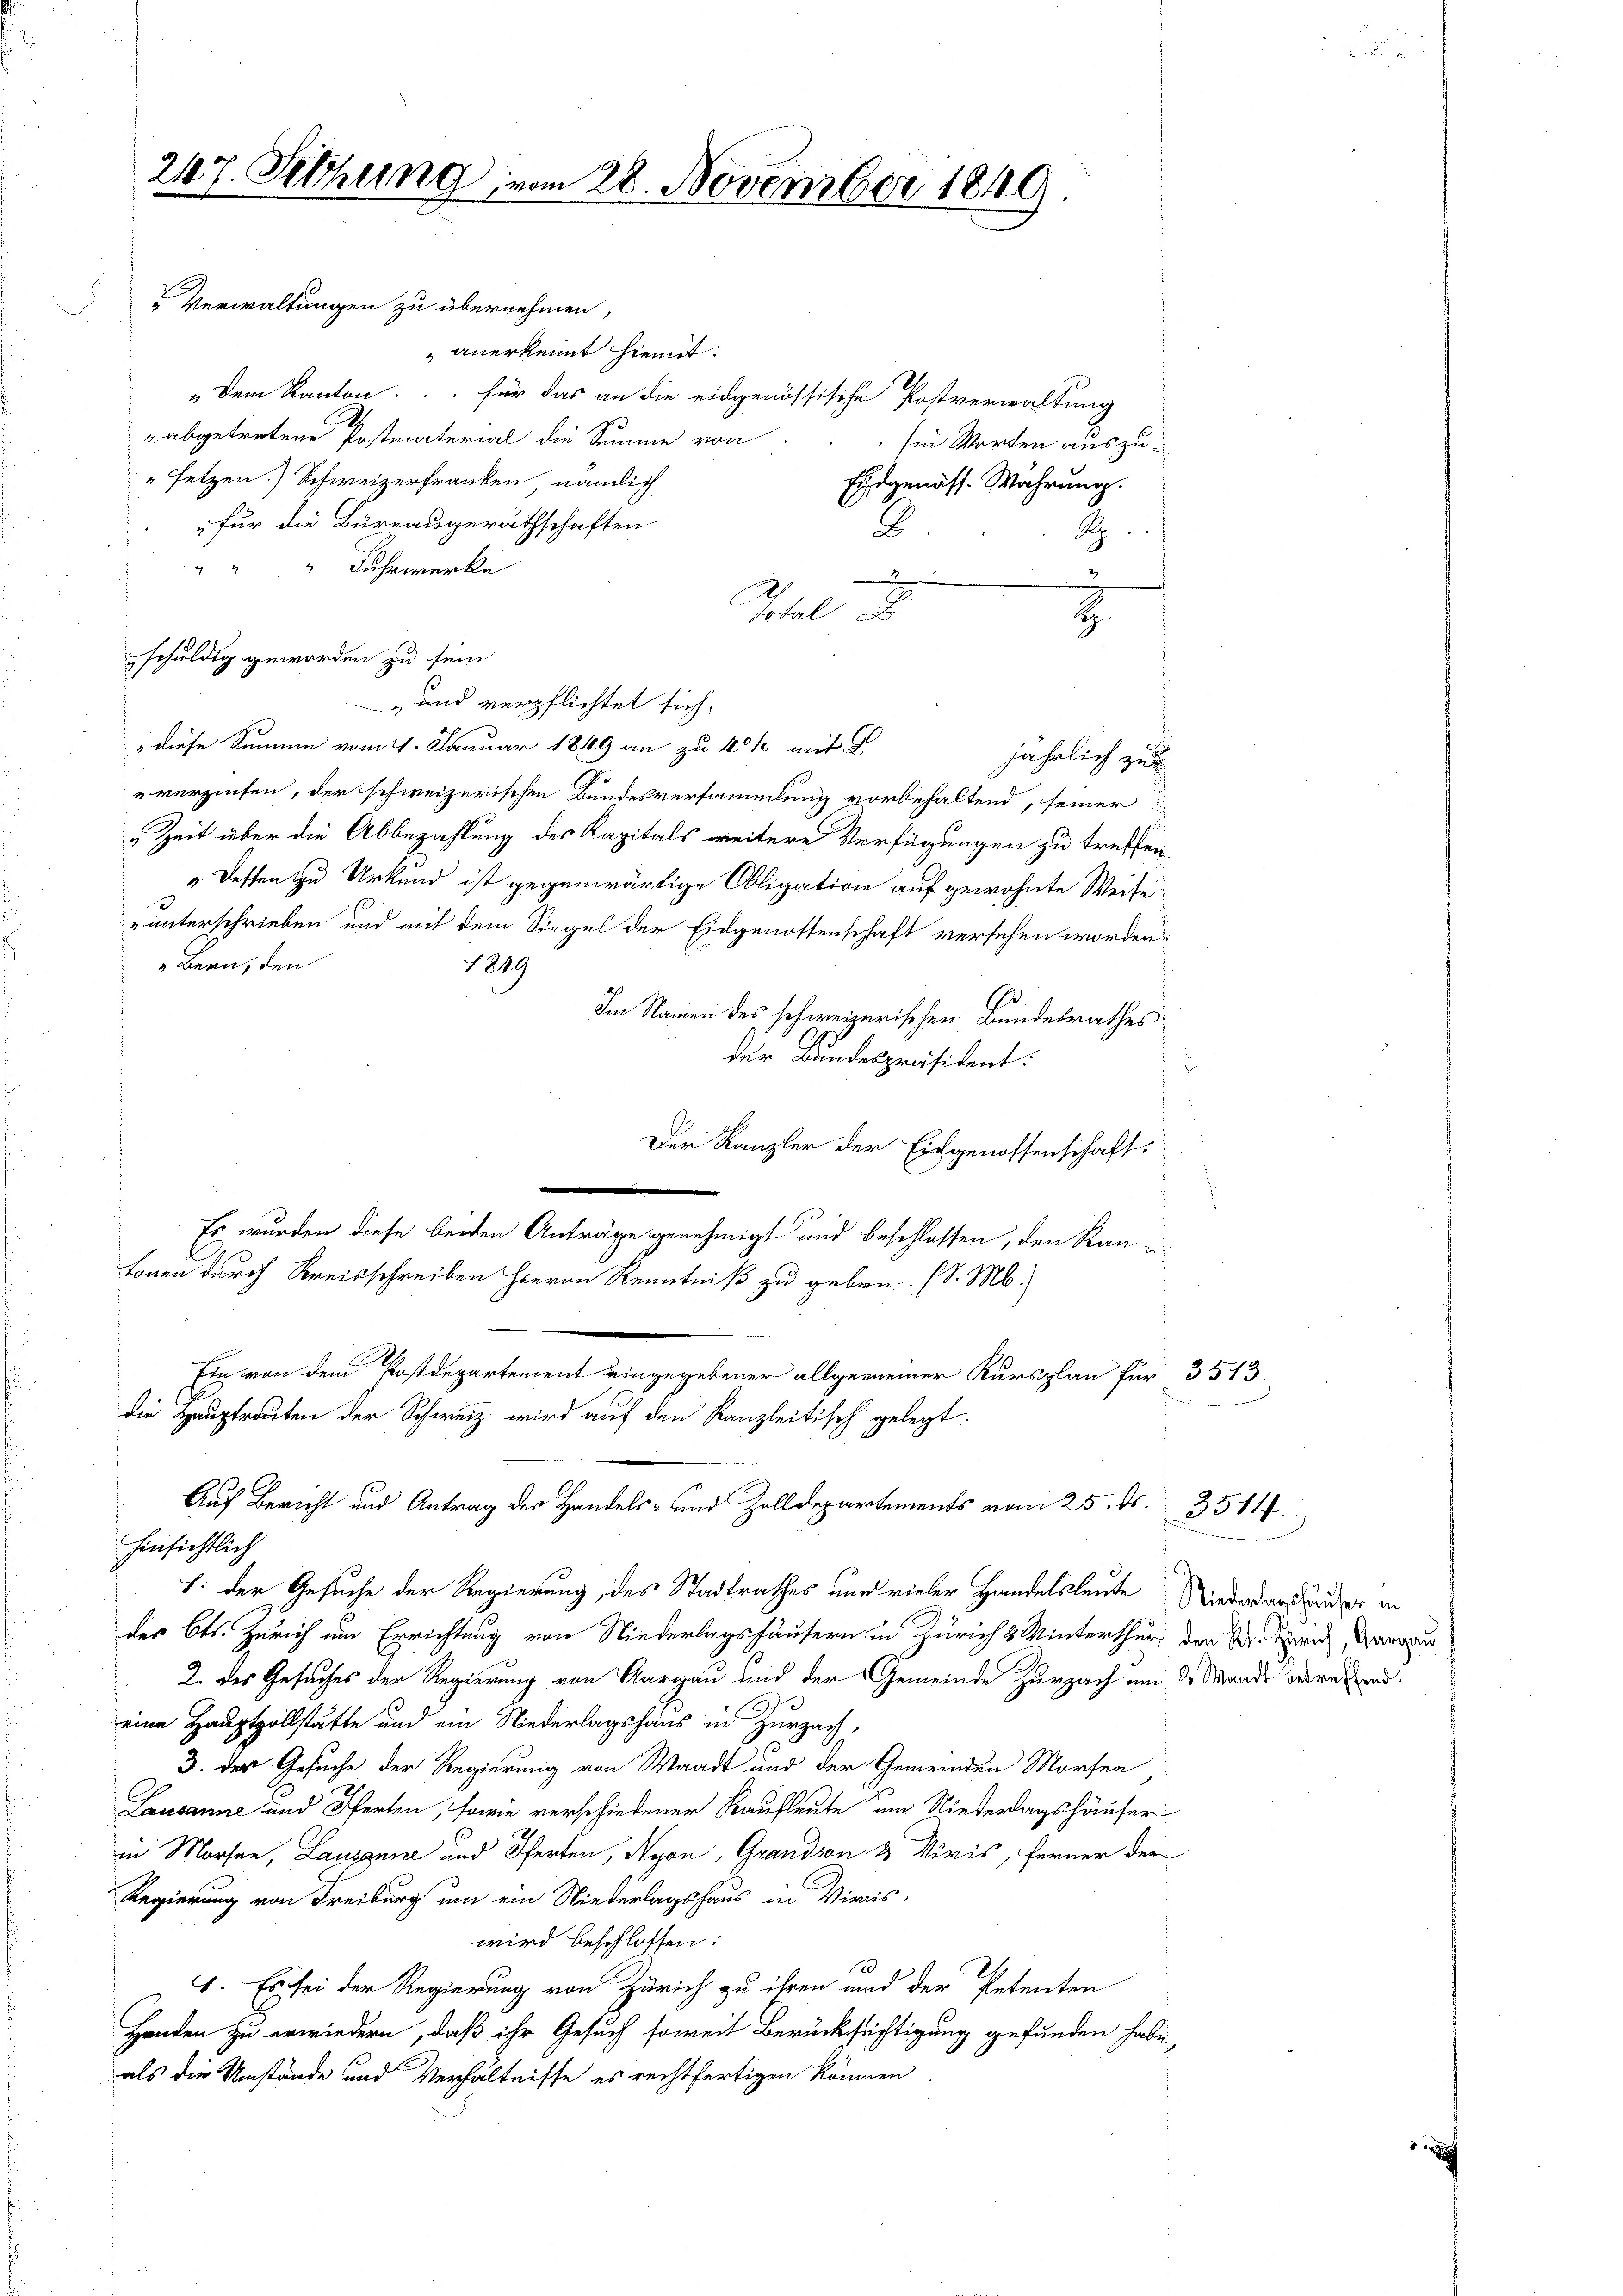
Verwaltungen zu übernehmen,
 anerkennt hiemit
„Dem Kanton. für das an die eidgenössische Postverwaltung
" abgetretene Postmaterial die Summe von
" setzen.) Schweizerfranken, nämlich
Eidgenöss. Währung.
für die Büreaugeräthschaften
8
R
" " " Fuhrwerke
.
2
Ichel d
2.
schuldig geworden zu sein
 und verpflichtet sich,
" diese Summe vom 21. Januar 1849 an zu 40% mit E
jährlich zu
u verzinsen, der schweizerischen Bundesversammlung vorbehaltend, seiner
„Zeit über die Abbezahlung des Kapitals weitere Verfügungen zu treffen,
v. Dessen zu Urkund ist gegenwärtige Obligation auf gewohnte Weise
" unterschrieben und mit dem Siegel der Eidgenossenschaft versehen worden.
Bern, den
1849
Im Namen des schweizerischen Bundesrathes
der Bundespräsident:
Der Kanzler der Eingenossenschaft
Es wurden diese beiden Anträge genehmigt und beschlossen, den Ran
tonen durch Kreisschreiben hievon Kenntniß zu geben. (S. M.
Ein von dem Postdepartement eingegebener allgemeiner Kursplan für 3
die Hauptrauten der Schweiz wird auf den Kanzleitisch gelegt.

247. Setzung vom 28. November 1849

Auf Bericht und Antrag der Handels- und Zolldepartements vom 25. ds. 3514.

Ein Worten auszu¬

hinsichtlich
h. der Gesuche der Regierung, des Stadtrathes und vieler Handelsleute Niederard der in
des Cts. Zürich um Errichtung von Niederlagshäusern in Zürich & Winterthur, den Sr. Kreich anzu
2. des Gesuches der Regierung von Aargau und der Gemeinde Zurzach um d. Wande Bern und
eine Hauptzollstätte und ein Niederlagshaus in Zurzach,
3. der Gesuche der Regierung von Waadt und der Gemeinden Morfen
Lausanne und Pferten, sowie verschiedener Kaufleute um Niederlagshäuser
in Morfen, Lausanne und Pferten, Nyon, Grandson & Viris, ferner der
Regierung von Freiburg um ein Wiederlagshaus in Viers,
wird beschlossen:
1. Es sei der Regierung von Zürich zu ihren und der Petenten
Handen zu erwiedern, daß ihr Gesuch soweit Berücksichtigung gefunden habe,
als die Umstände und Verhältnisse es rechtfertigen können.

.

2513.